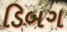
ડિબગ